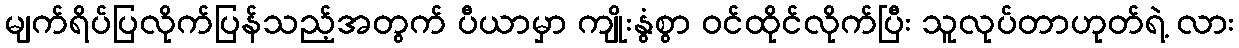
မျက်ရိပ်ပြလိုက်ပြန်သည့်အတွက် ပီယာမှာ ကျိုးနွံစွာ ဝင်ထိုင်လိုက်ပြီး သူလုပ်တာဟုတ်ရဲ့ လား